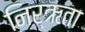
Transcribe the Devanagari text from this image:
निर्ऋता